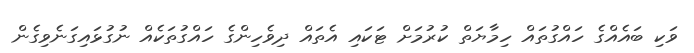
ވަކި ބައެއްގެ ހައްގުތައް ހިމާޔަތް ކުރުމަށް ޓަކައި އެތައް ދިވެހިންގެ ހައްގުތަކެއް ނުގުޅައިގަނެވިގެން